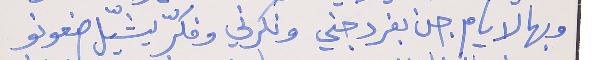
وبهالايام جن بفرد جني     ونكرني وفكرّ يشيّل ضعونو